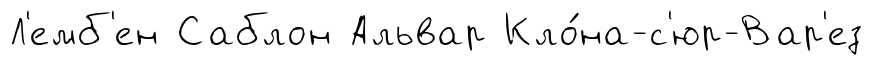
Л'емб'ен Саблон Альвар Кло́на-с'юр-Вар'ез